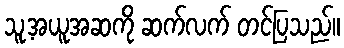
သူ့အယူအဆကို ဆက်လက် တင်ပြသည်။